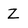
Character: Z